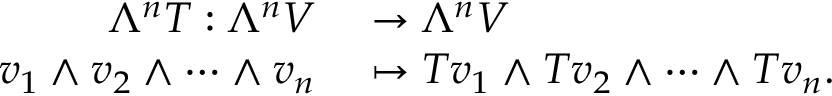
\begin{array} { r l } { \Lambda ^ { n } T : \Lambda ^ { n } V } & { { } \rightarrow \Lambda ^ { n } V } \\ { v _ { 1 } \wedge v _ { 2 } \wedge \dots \wedge v _ { n } } & { { } \mapsto T v _ { 1 } \wedge T v _ { 2 } \wedge \dots \wedge T v _ { n } . } \end{array}